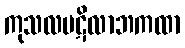
ကုသလပဋိလာဘကထာ